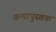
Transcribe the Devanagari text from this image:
कथापुस्तक